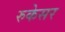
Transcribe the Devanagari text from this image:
रुकेसर